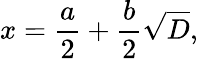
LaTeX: x={\frac{a}{2}}+{\frac{b}{2}}{\sqrt{D}},